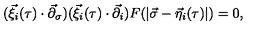
( \vec { \xi } _ { i } ( \tau ) \cdot { \vec { \partial } } _ { \sigma } ) ( \vec { \xi } _ { i } ( \tau ) \cdot { \vec { \partial } } _ { i } ) F ( | \vec { \sigma } - \vec { \eta } _ { i } ( \tau ) | ) = 0 ,